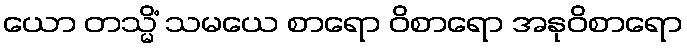
ယော တသ္မိံ သမယေ စာရော ဝိစာရော အနုဝိစာရော